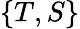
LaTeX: \{ T,S\}